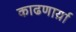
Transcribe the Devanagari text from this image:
काढणार्य़ा